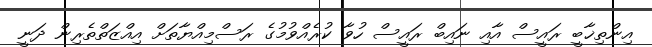
އިންތިޚާބީ ރައީސް އާއި ނައިބް ރައީސް ހުވާ ކުރެއްވުމުގެ ރަސްމިއްޔާތަށް އިއްޒަތްތެރިން ދަނީ